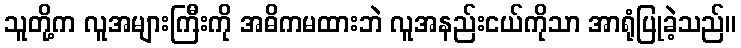
သူတို့က လူအများကြီးကို အဓိကမထားဘဲ လူအနည်းငယ်ကိုသာ အာရုံပြုခဲ့သည်။